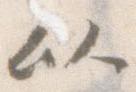
以